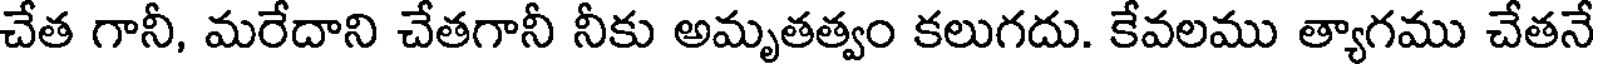
చేత గానీ, మరేదాని చేతగానీ నీకు అమృతత్వం కలుగదు. కేవలము త్యాగము చేతనే